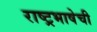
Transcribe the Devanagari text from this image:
राष्ट्रभाषेची